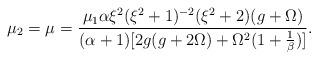
LaTeX: \begin{align*}\mu_{2}=\mu_{}= \frac{\mu_{1}\alpha\xi^2(\xi^2+1)^{-2}(\xi^2+2)(g+\Omega)}{(\alpha+1)[2g(g+2\Omega)+\Omega^2(1+\frac{1}{\beta})]}.\end{align*}